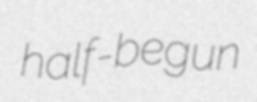
half-begun